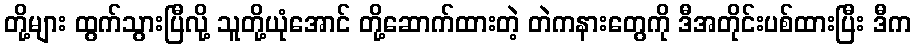
တို့များ ထွက်သွားပြီလို့ သူတို့ယုံအောင် တို့ဆောက်ထားတဲ့ တဲကနားတွေကို ဒီအတိုင်းပစ်ထားပြီး ဒီက